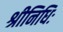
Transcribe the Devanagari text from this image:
श्रीनिधिः